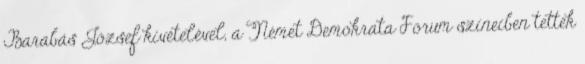
Barabás József kivételével, a Német Demokrata Fórum színeiben tették